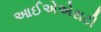
આઈએએસટી